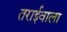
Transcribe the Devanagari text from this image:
तराईवाला